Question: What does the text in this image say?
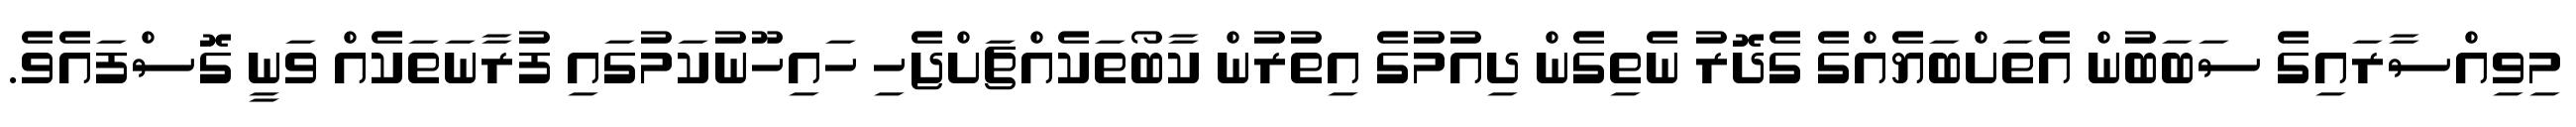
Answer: މިވިއްސާރައިގެ ސަބަބުން އެތަށްބަޔެއްގެ ގެދޮރު ނެތިގެން ދިއުމުގެ އިތުރުން ކާބޯތަކެއްޗަށްޖެހި ހައިހޫނުކަމުގައި ފުރާނަތަކެއް ވަނީ ގޮސްފައެވެ.